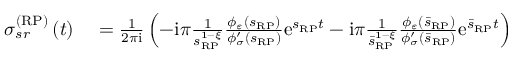
\begin{array} { r l } { \sigma _ { s r } ^ { \left( \mathrm { R P } \right) } \left( t \right) } & { { } = \frac { 1 } { 2 \pi \mathrm { i } } \left( - \mathrm { i } \pi \frac { 1 } { s _ { \scriptscriptstyle { \mathrm { R P } } } ^ { 1 - \xi } } \frac { \phi _ { \varepsilon } \left( s _ { \scriptscriptstyle { \mathrm { R P } } } \right) } { \phi _ { \sigma } ^ { \prime } \left( s _ { \scriptscriptstyle { \mathrm { R P } } } \right) } \mathrm { e } ^ { s _ { \scriptscriptstyle { \mathrm { R P } } } t } - \mathrm { i } \pi \frac { 1 } { \bar { s } _ { \scriptscriptstyle { \mathrm { R P } } } ^ { 1 - \xi } } \frac { \phi _ { \varepsilon } \left( \bar { s } _ { \scriptscriptstyle { \mathrm { R P } } } \right) } { \phi _ { \sigma } ^ { \prime } \left( \bar { s } _ { \scriptscriptstyle { \mathrm { R P } } } \right) } \mathrm { e } ^ { \bar { s } _ { \scriptscriptstyle { \mathrm { R P } } } t } \right) } \end{array}